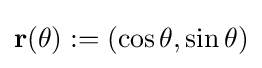
\mathbf {r} (\theta ):=(\cos \theta ,\sin \theta )